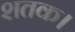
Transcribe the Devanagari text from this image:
शतक।